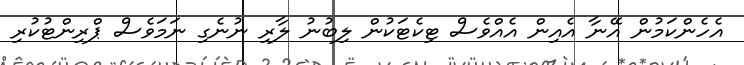
އެހެންކަމުން އޭނާ އެއިން އެއްވެސް ޓިކެޓަކުން ލިބުނު ލާރި ނުނެގި ނަމަވެސް ޕްރިންޓުކުރި